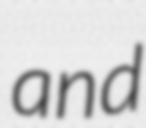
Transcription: and